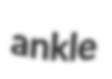
ankle